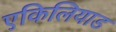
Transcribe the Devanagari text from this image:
एकिलियाड